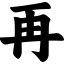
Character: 再